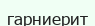
гарниерит